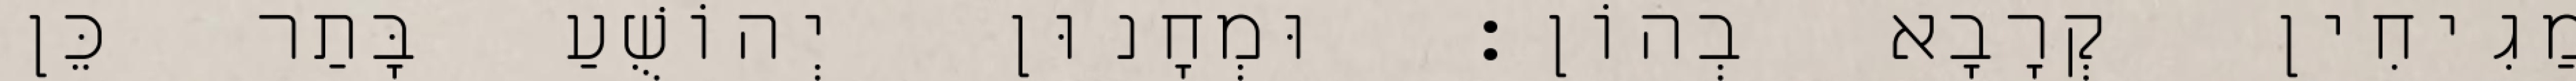
מַגִיחִין קְרָבָא בְהוֹן׃ וּמְחָנוּן יְהוֹשֻׁעַ בָּתַר כֵּן